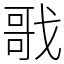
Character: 戨